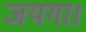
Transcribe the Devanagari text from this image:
जयगा।